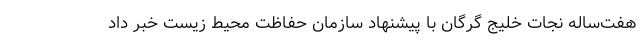
هفت‌ساله نجات خلیج گرگان با پیشنهاد سازمان حفاظت محیط زیست خبر داد